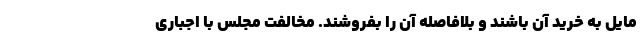
مایل به خرید آن باشند و بلافاصله آن را بفروشند. مخالفت مجلس با اجباری